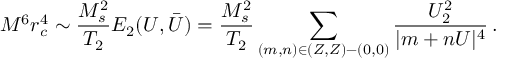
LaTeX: M ^ { 6 } r _ { c } ^ { 4 } \sim \frac { M _ { s } ^ { 2 } } { T _ { 2 } } E _ { 2 } ( U , \bar { U } ) = \frac { M _ { s } ^ { 2 } } { T _ { 2 } } \sum _ { ( m , n ) \in ( Z , Z ) - ( 0 , 0 ) } \frac { U _ { 2 } ^ { 2 } } { | m + n U | ^ { 4 } } \, .